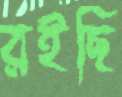
রইছি